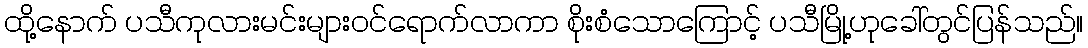
ထို့နောက် ပသီကုလားမင်းများဝင်ရောက်လာကာ စိုးစံသောကြောင့် ပသီမြို့ဟုခေါ်တွင်ပြန်သည်။